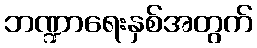
ဘဏ္ဍာရေးနှစ်အတွက်